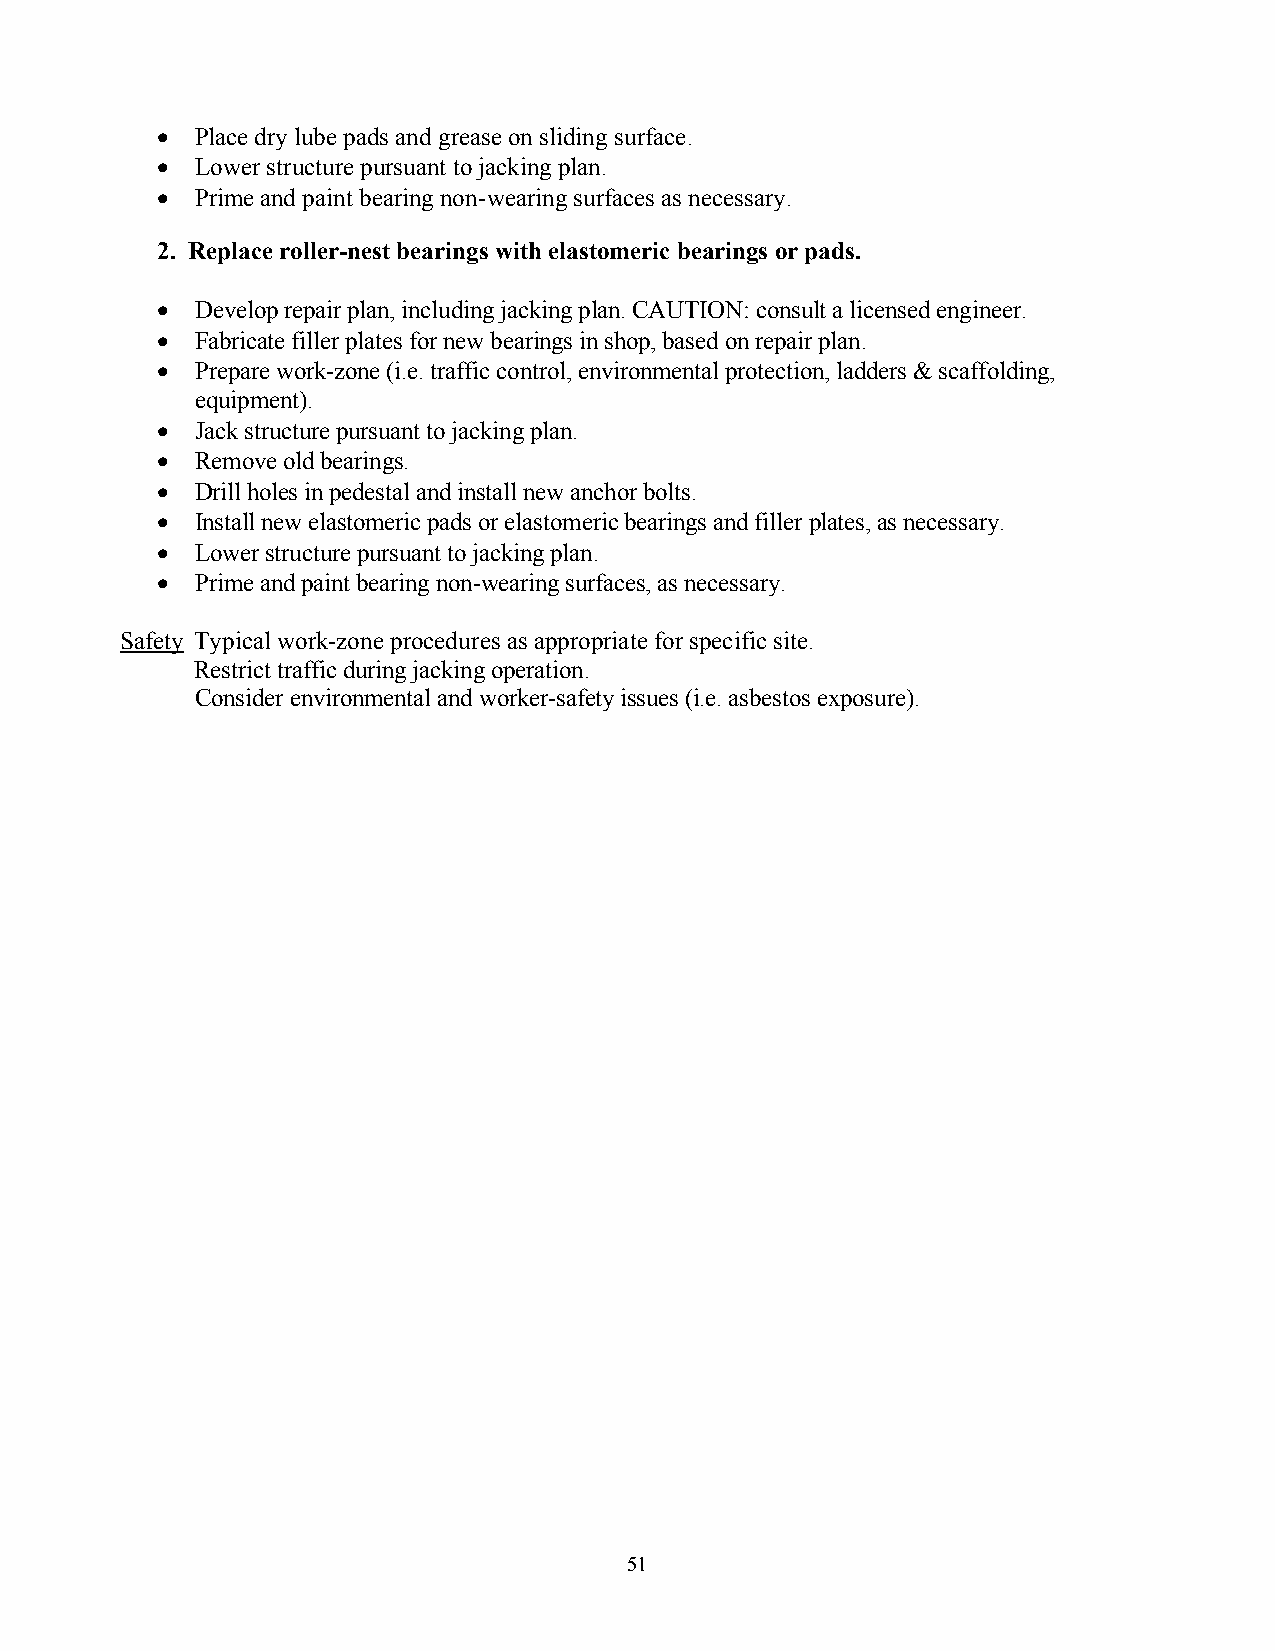
•  Place dry lube pads and grease on sliding surface.
 •  Lower structure pursuant to jacking plan.
 •  Prime and paint bearing non-wearing surfaces as necessary.
 2. Replace roller-nest bearings with elastomeric bearings or pads.
 •  Develop repair plan, including jacking plan. CAUTION: consult a licensed engineer.
 •  Fabricate filler plates for new bearings in shop, based on repair plan.
 •  Prepare work-zone (i.e. traffic control, environmental protection, ladders & scaffolding,
 equipment).
 •  Jack structure pursuant to jacking plan.
 •  Remove old bearings.
 •  Drill holes in pedestal and install new anchor bolts.
 •  Install new elastomeric pads or elastomeric bearings and filler plates, as necessary.
 •  Lower structure pursuant to jacking plan.
 •  Prime and paint bearing non-wearing surfaces, as necessary.
 Safety Typical work-zone procedures as appropriate for specific site.
 Restrict traffic during jacking operation.
 Consider environmental and worker-safety issues (i.e. asbestos exposure).
 51